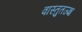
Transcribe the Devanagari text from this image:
वास्तुतज्ज्ञ